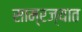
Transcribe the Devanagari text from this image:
साम्रज्यात